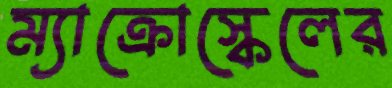
ম্যাক্রোস্কেলের